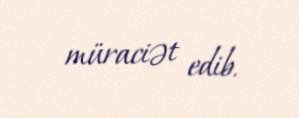
müraciət edib.